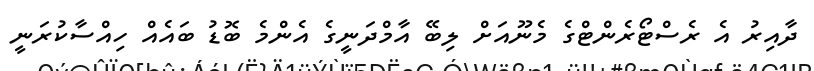
ދާއިރު އެ ރެސްޓޯރެންޓްގެ މެނޫއަށް ލިބޭ އާމްދަނީގެ އެންމެ ބޮޑު ބައެއް ހިއްސާކުރަނީ